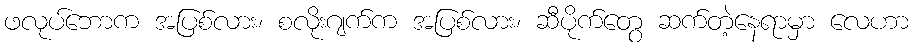
ဖလုပ်ဘောက အပြစ်လား၊ စလိုးဂျက်က အပြစ်လား၊ ဆီပိုက်တွေ ဆက်တဲ့နေရာမှာ လေဟာ